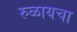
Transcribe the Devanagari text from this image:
रुळायचा